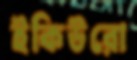
ইকিউরো